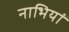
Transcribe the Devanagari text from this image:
नाभियां